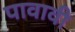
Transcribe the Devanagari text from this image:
पावावी